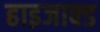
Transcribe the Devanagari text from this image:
हाइजाक्ड